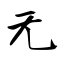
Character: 无